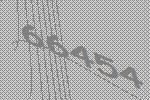
66454